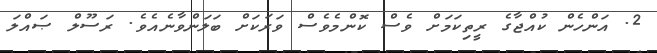
2. އަންހެން ކުއްޖާގެ ރީތިކަމަށް ވެސް ކޮންމެވެސް ވަރަކަށް ބަލަންވާނެއެވެ. ރަސޫލް ޞައްލަ